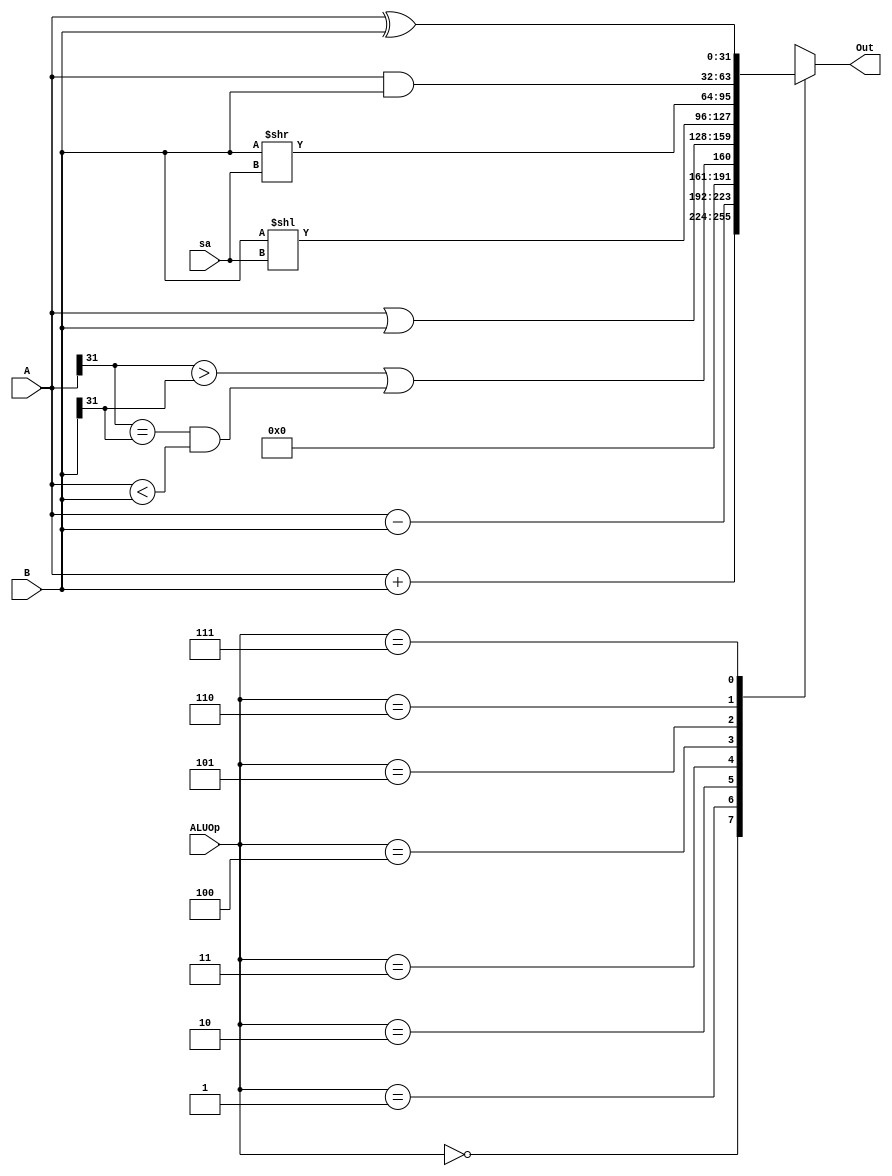
`timescale 1ns / 1ps
//////////////////////////////////////////////////////////////////////////////////
// Company: 
// Engineer: 
// 
// Design Name: 
// Module Name:    alu 
// Project Name: 
// Target Devices: 
// Tool versions: 
// Description: 
//
// Dependencies: 
//
// Revision: 
// Revision 0.01 - File Created
// Additional Comments: 
//
//////////////////////////////////////////////////////////////////////////////////
module alu(
    input [31:0] A,
    input [31:0] B,
    output [31:0] Out,
    input [2:0] ALUOp,
	input [4:0] sa
    );
	wire [31:0] temp1,temp2,temp3,temp4,temp5,temp6,temp7,temp8;
	reg [31:0] C;
	
	assign Out = C;
	assign temp1 = A+B;
	assign temp2 = A-B;
	assign temp3 = (A[31] > B[31])||((A[31] == B[31])&&(A < B));  // A < B signed
	assign temp4 = A|B;
	assign temp5 = B << sa;
	assign temp6 = B >> sa;
	assign temp7 = A&B;
	assign temp8 = A^B;
	
	
	always @(ALUOp, temp1, temp2, temp3, temp4, temp5, temp6, temp7, temp8) 
      case (ALUOp)
         3'b000: C = temp1;
         3'b001: C = temp2;
         3'b010: C = temp3;
         3'b011: C = temp4;
		 3'b100: C = temp5;
		 3'b101: C = temp6;
		 3'b110: C = temp7;
		 3'b111: C = temp8;
      endcase
	
	
endmodule